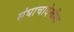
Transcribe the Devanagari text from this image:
संघाचादेखील